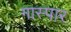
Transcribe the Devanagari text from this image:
गास्पार